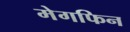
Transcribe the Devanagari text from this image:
मेगफिन